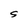
Character: S